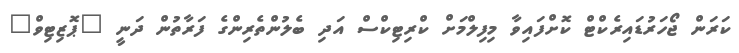
ކަރަން ޖޯހަރުޑައިރެކްޓް ކޮށްފައިވާ މިފިލްމަށް ކްރިޓިކްސް އަދި ބެލުންތެރިންގެ ފަރާތުން ދަނީ "ޕޮޒިޓިވް"